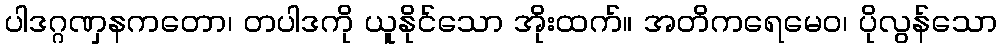
ပါဒဂ္ဂဏှနကတော၊ တပါဒကို ယူနိုင်သော အိုးထက်။ အတိကရေမေဝ၊ ပိုလွန်သော